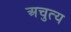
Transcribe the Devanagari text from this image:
अचुत्य